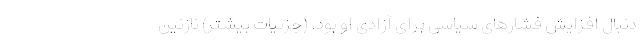
دنبال افزایش فشارهای سیاسی برای آزادی او بود. (جزئیات بیشتر) نازنین